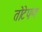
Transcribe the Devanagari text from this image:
तोटेपण